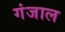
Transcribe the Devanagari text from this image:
गंजाल